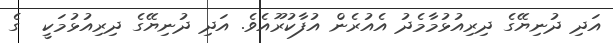
އަދި ދުނިޔޭގެ ދިރިއުޅުމާމެދު އެއުރެން އުފާކުރޫއެވެ. އަދި ދުނިޔޭގެ ދިރިއުޅުމަކީ  ގެ